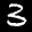
Label: 3